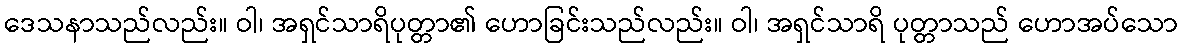
ဒေသနာသည်လည်း။ ဝါ၊ အရှင်သာရိပုတ္တာ၏ ဟောခြင်းသည်လည်း။ ဝါ၊ အရှင်သာရိ ပုတ္တာသည် ဟောအပ်သော